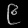
Digit: ၉